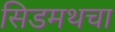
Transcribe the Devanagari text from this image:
सिडमथचा